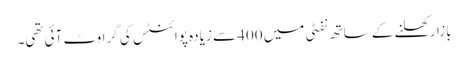
بازار کھلنے کے ساتھ نفٹی میں 400 سے زیادہ پوائنٹس کی گراوٹ آئی تھی۔